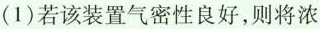
(1)若该装置气密性良好，则将浓